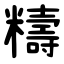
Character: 䊭